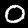
Label: 0